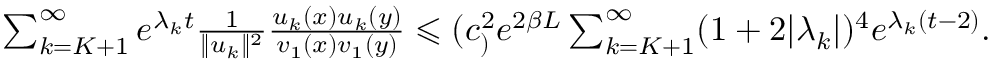
\begin{array} { r } { \sum _ { k = K + 1 } ^ { \infty } e ^ { \lambda _ { k } t } \frac { 1 } { \| u _ { k } \| ^ { 2 } } \frac { u _ { k } ( x ) u _ { k } ( y ) } { v _ { 1 } ( x ) v _ { 1 } ( y ) } \leqslant ( c _ ) ^ { 2 } e ^ { 2 \beta L } \sum _ { k = K + 1 } ^ { \infty } ( 1 + 2 | \lambda _ { k } | ) ^ { 4 } e ^ { \lambda _ { k } ( t - 2 ) } . } \end{array}